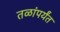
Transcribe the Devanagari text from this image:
तळांपर्यंत